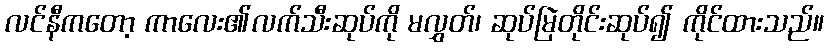
လင်နီကတော့ ကာလေး၏လက်သီးဆုပ်ကို မလွှတ်၊ ဆုပ်မြဲတိုင်းဆုပ်၍ ကိုင်ထားသည်။